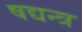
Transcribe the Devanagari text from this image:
षद्यन्त्र